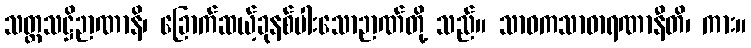
သတ္တသဋ္ဌိဉာဏာနိ၊ ခြောက်ဆယ့်ခုနစ်ပါးသောဉာဏ်တို့ သည်။ သာဝကသာဓာရဏာနီတိ၊ ကား။